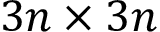
3 n \times 3 n